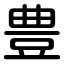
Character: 豊